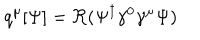
LaTeX: q ^ { \mu } [ \Psi ] = \Re ( \Psi ^ { \dagger } \gamma ^ { 0 } \gamma ^ { \mu } \Psi )